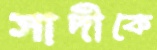
সাদীকে